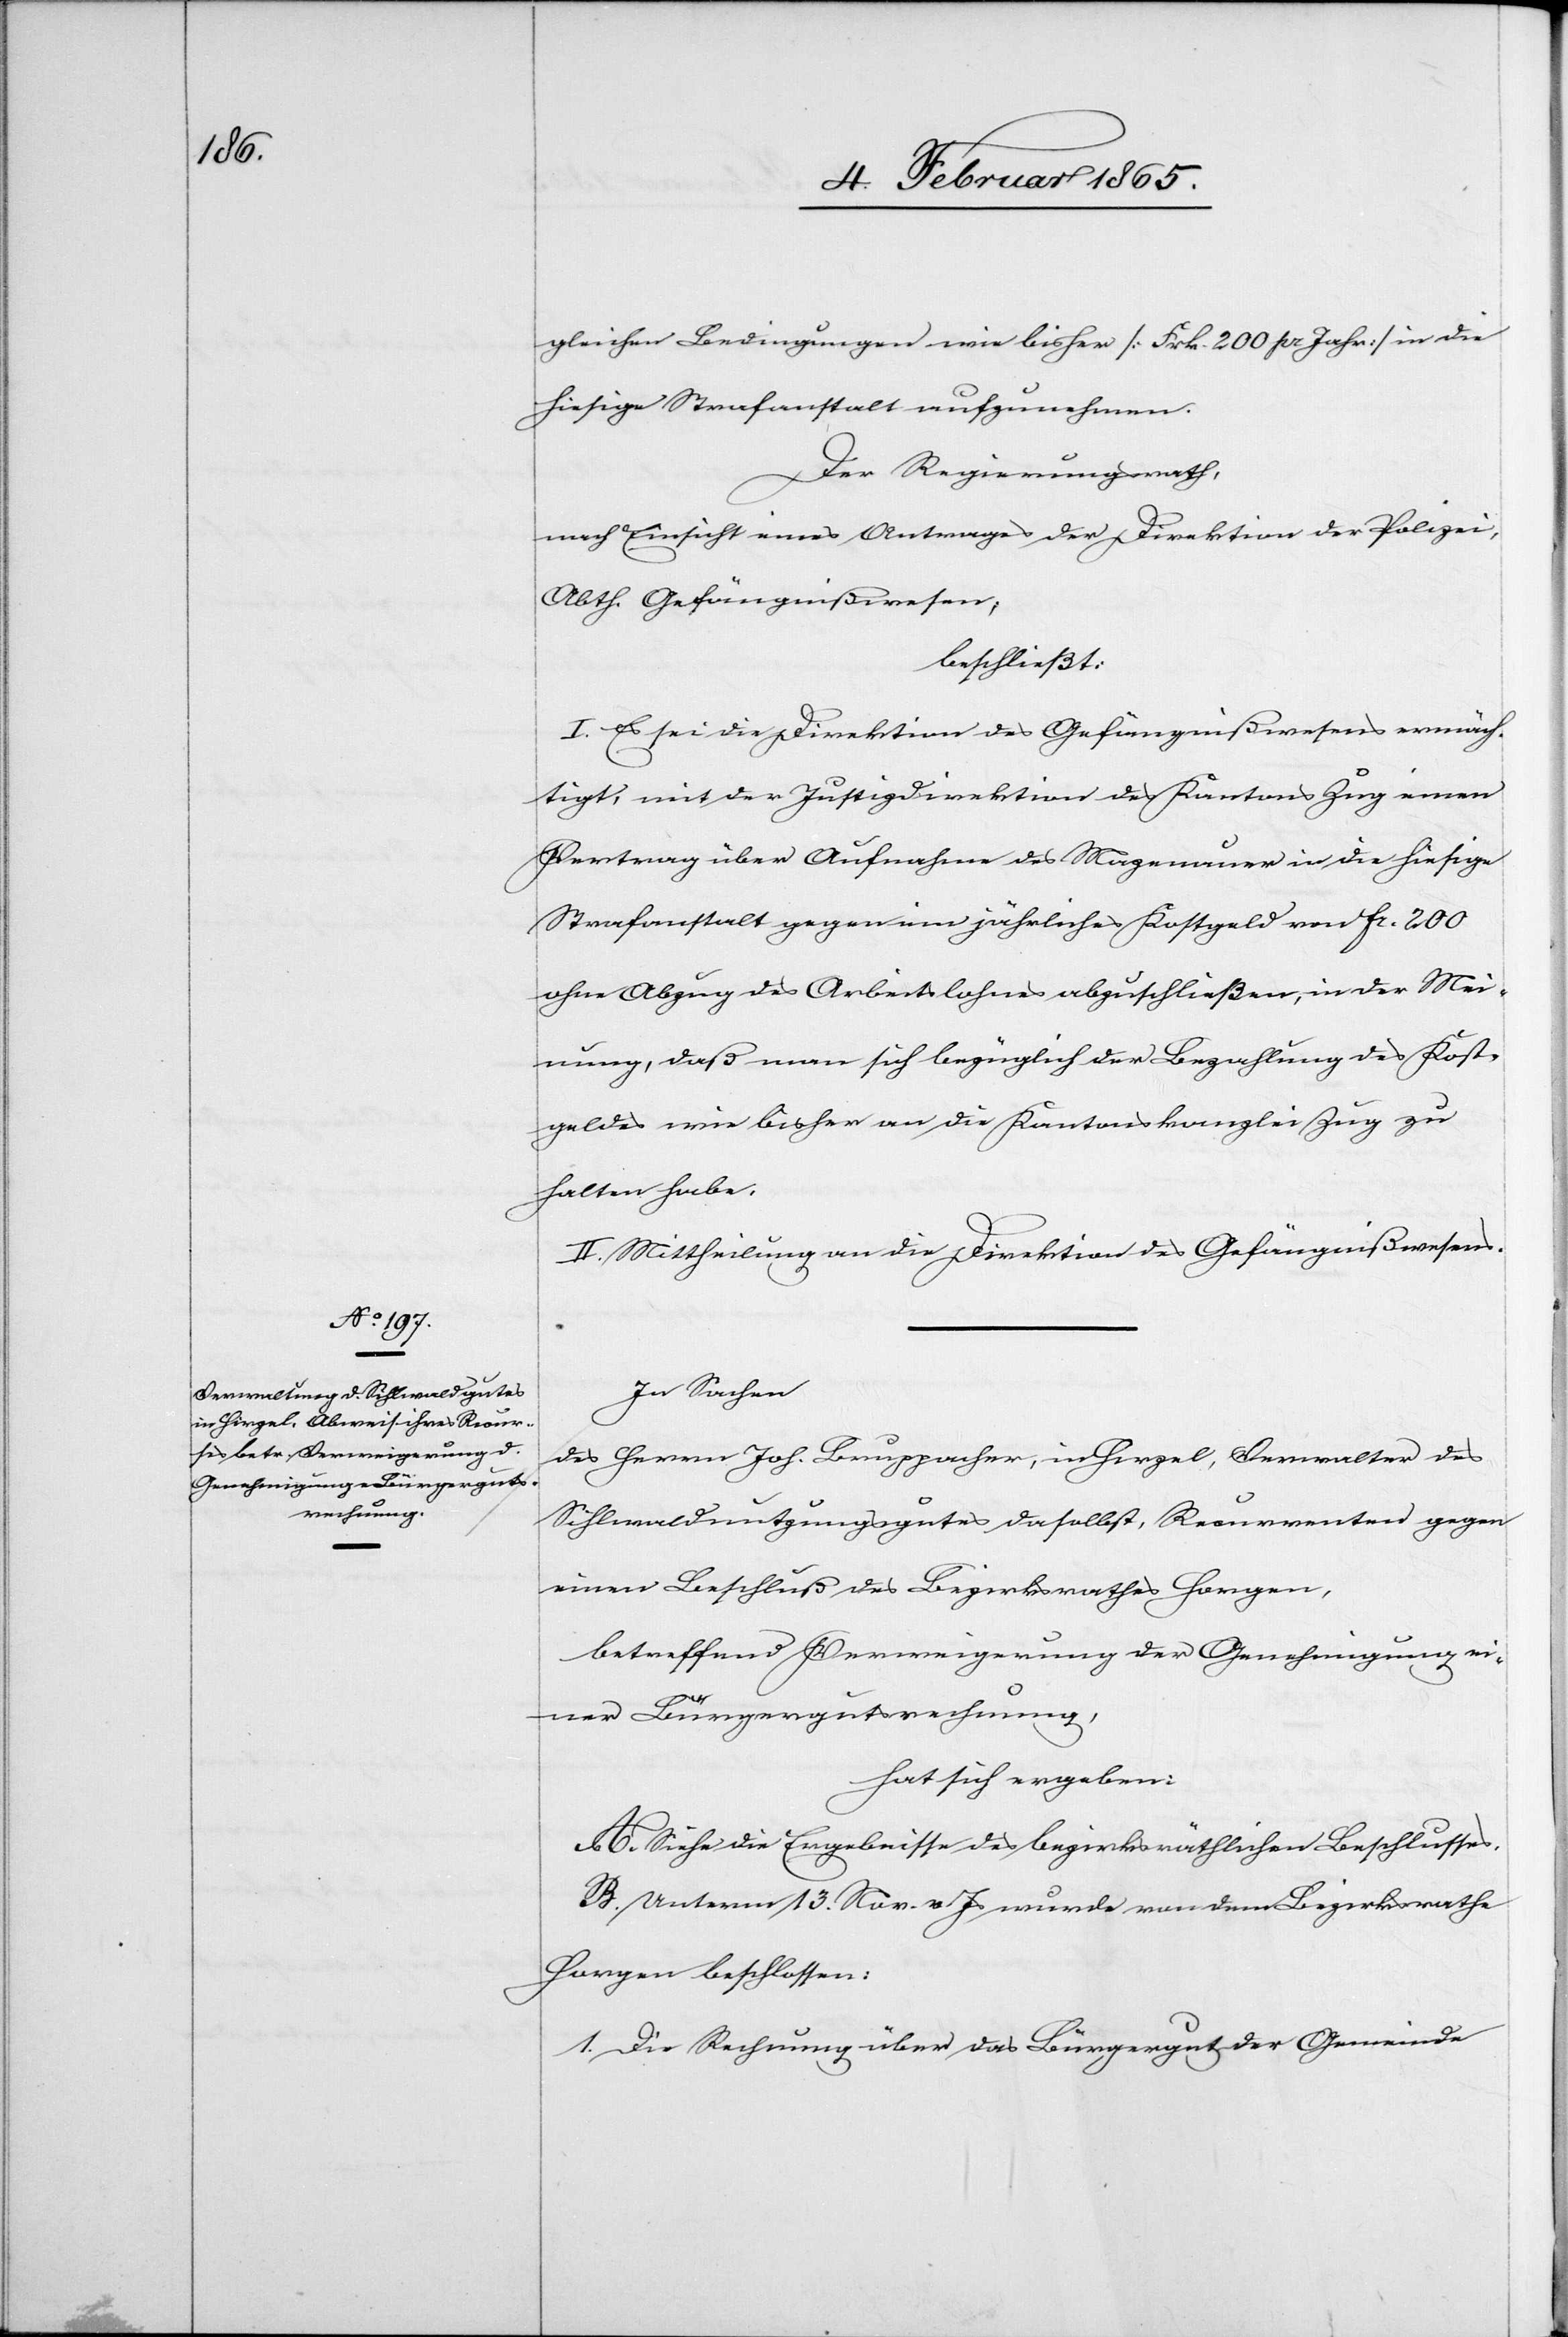
gleichen Bedingungen wie bisher [Frk. 200 pr Jahr] in die
hiesige Strafanstalt aufzunehmen.
Der Regierungsrath,
nach Einsicht eines Antrages der Direktion der Polizei,
Abth. Gefängnißwesen,
beschließt
I. Es sei die Direktion des Gefängnißwesens ermäch¬
tigt, mit der Justizdirektion des Kantons Zug einen
Vertrag über Aufnahme des Mazenauer in die hiesige
Strafanstalt gegen ein jährliches Kostgeld von fr. 200
ohne Abzug des Arbeitslohnes abzuschließen, in der Mei¬
nung, daß man sich bezüglich der Bezahlung des Kost¬
geldes wie bisher an die Kantonskanzlei Zug zu
halten habe.
II. Mittheilung an die Direktion des Gefängnißwesens.
In Sachen
des Herrn Joh. Bruppacher, in Hirzel, Verwalter des
Sihlwaldnutzungsgutes daselbst, Recurrenten gegen
einen Beschluß des Bezirksrathes Horgen,
betreffend Verweigerung der Genehmigung ei¬
ner Bürgergutsrechnung,
hat sich ergeben:
A. Siehe die Ergebnisse des bezirksräthlichen Beschlusses.
B. Unterm 13. Nov. v Js wurde von dem Bezirksrathe
Horgen beschlossen:
1. Die Rechnung über das Bürgergut der Gemeinde